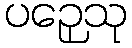
ပဉှေသု